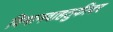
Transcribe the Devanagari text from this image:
विमानवाहतुकीवर